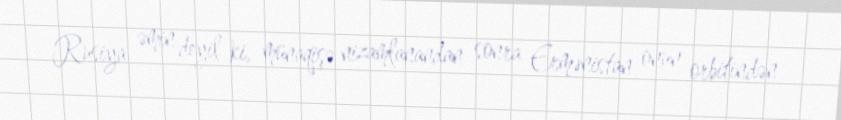
Rusiya əmin deyil ki, münaqişə nizamlanandan sonra Ermənistan onun orbitindən